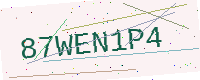
Text: 87WEN1P4